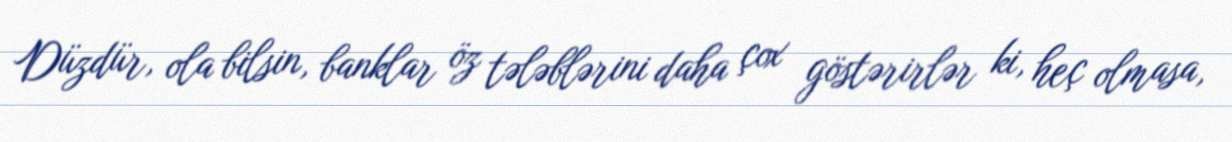
Düzdür, ola bilsin, banklar öz tələblərini daha çox göstərirlər ki, heç olmasa,